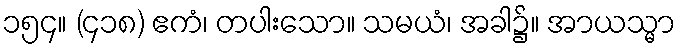
၁၅၄။ (၄၁၈) ဧကံ၊ တပါးသော။ သမယံ၊ အခါ၌။ အာယသ္မာ